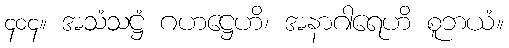
၄၀၄။ အသံသဋ္ဌံ ဂဟဋ္ဌေဟိ၊ အနာဂါရေဟိ စူဘယံ။